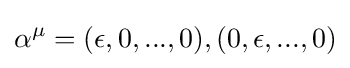
\alpha ^{\mu }=(\epsilon ,0,...,0),(0,\epsilon ,...,0)